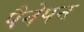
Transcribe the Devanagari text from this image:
पैनेपन